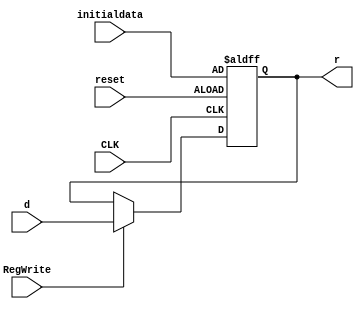
`timescale 1ns / 1ps
//////////////////////////////////////////////////////////////////////////////////
// Company: 
// Engineer: 
// 
// Design Name: 
// Module Name:    Register16 
// Project Name: 
// Target Devices: 
// Tool versions: 
// Description: 
//
// Dependencies: 
//
// Revision: 
// Revision 0.01 - File Created
// Additional Comments: 
//
//////////////////////////////////////////////////////////////////////////////////
module Register16(
    input [15:0] d,
    output reg [15:0] r,
	 input reset,
	 input [15:0] initialdata,
    input CLK,
    input RegWrite
    );
	
	//declare a storage space
	reg [15:0] data;
	 
	always @(negedge CLK, posedge reset)
	begin
			if(reset)
			begin
				data <= initialdata;
			end
			else begin
				if(RegWrite)
				begin
					data <= d;	
				end 
			end
			
			
	end
	
	always @(data) begin
		r <= data;
	end
	

	
	
	
	

endmodule